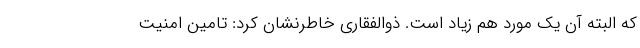
که البته آن یک مورد هم زیاد است. ذوالفقاری خاطرنشان کرد: تامین امنیت